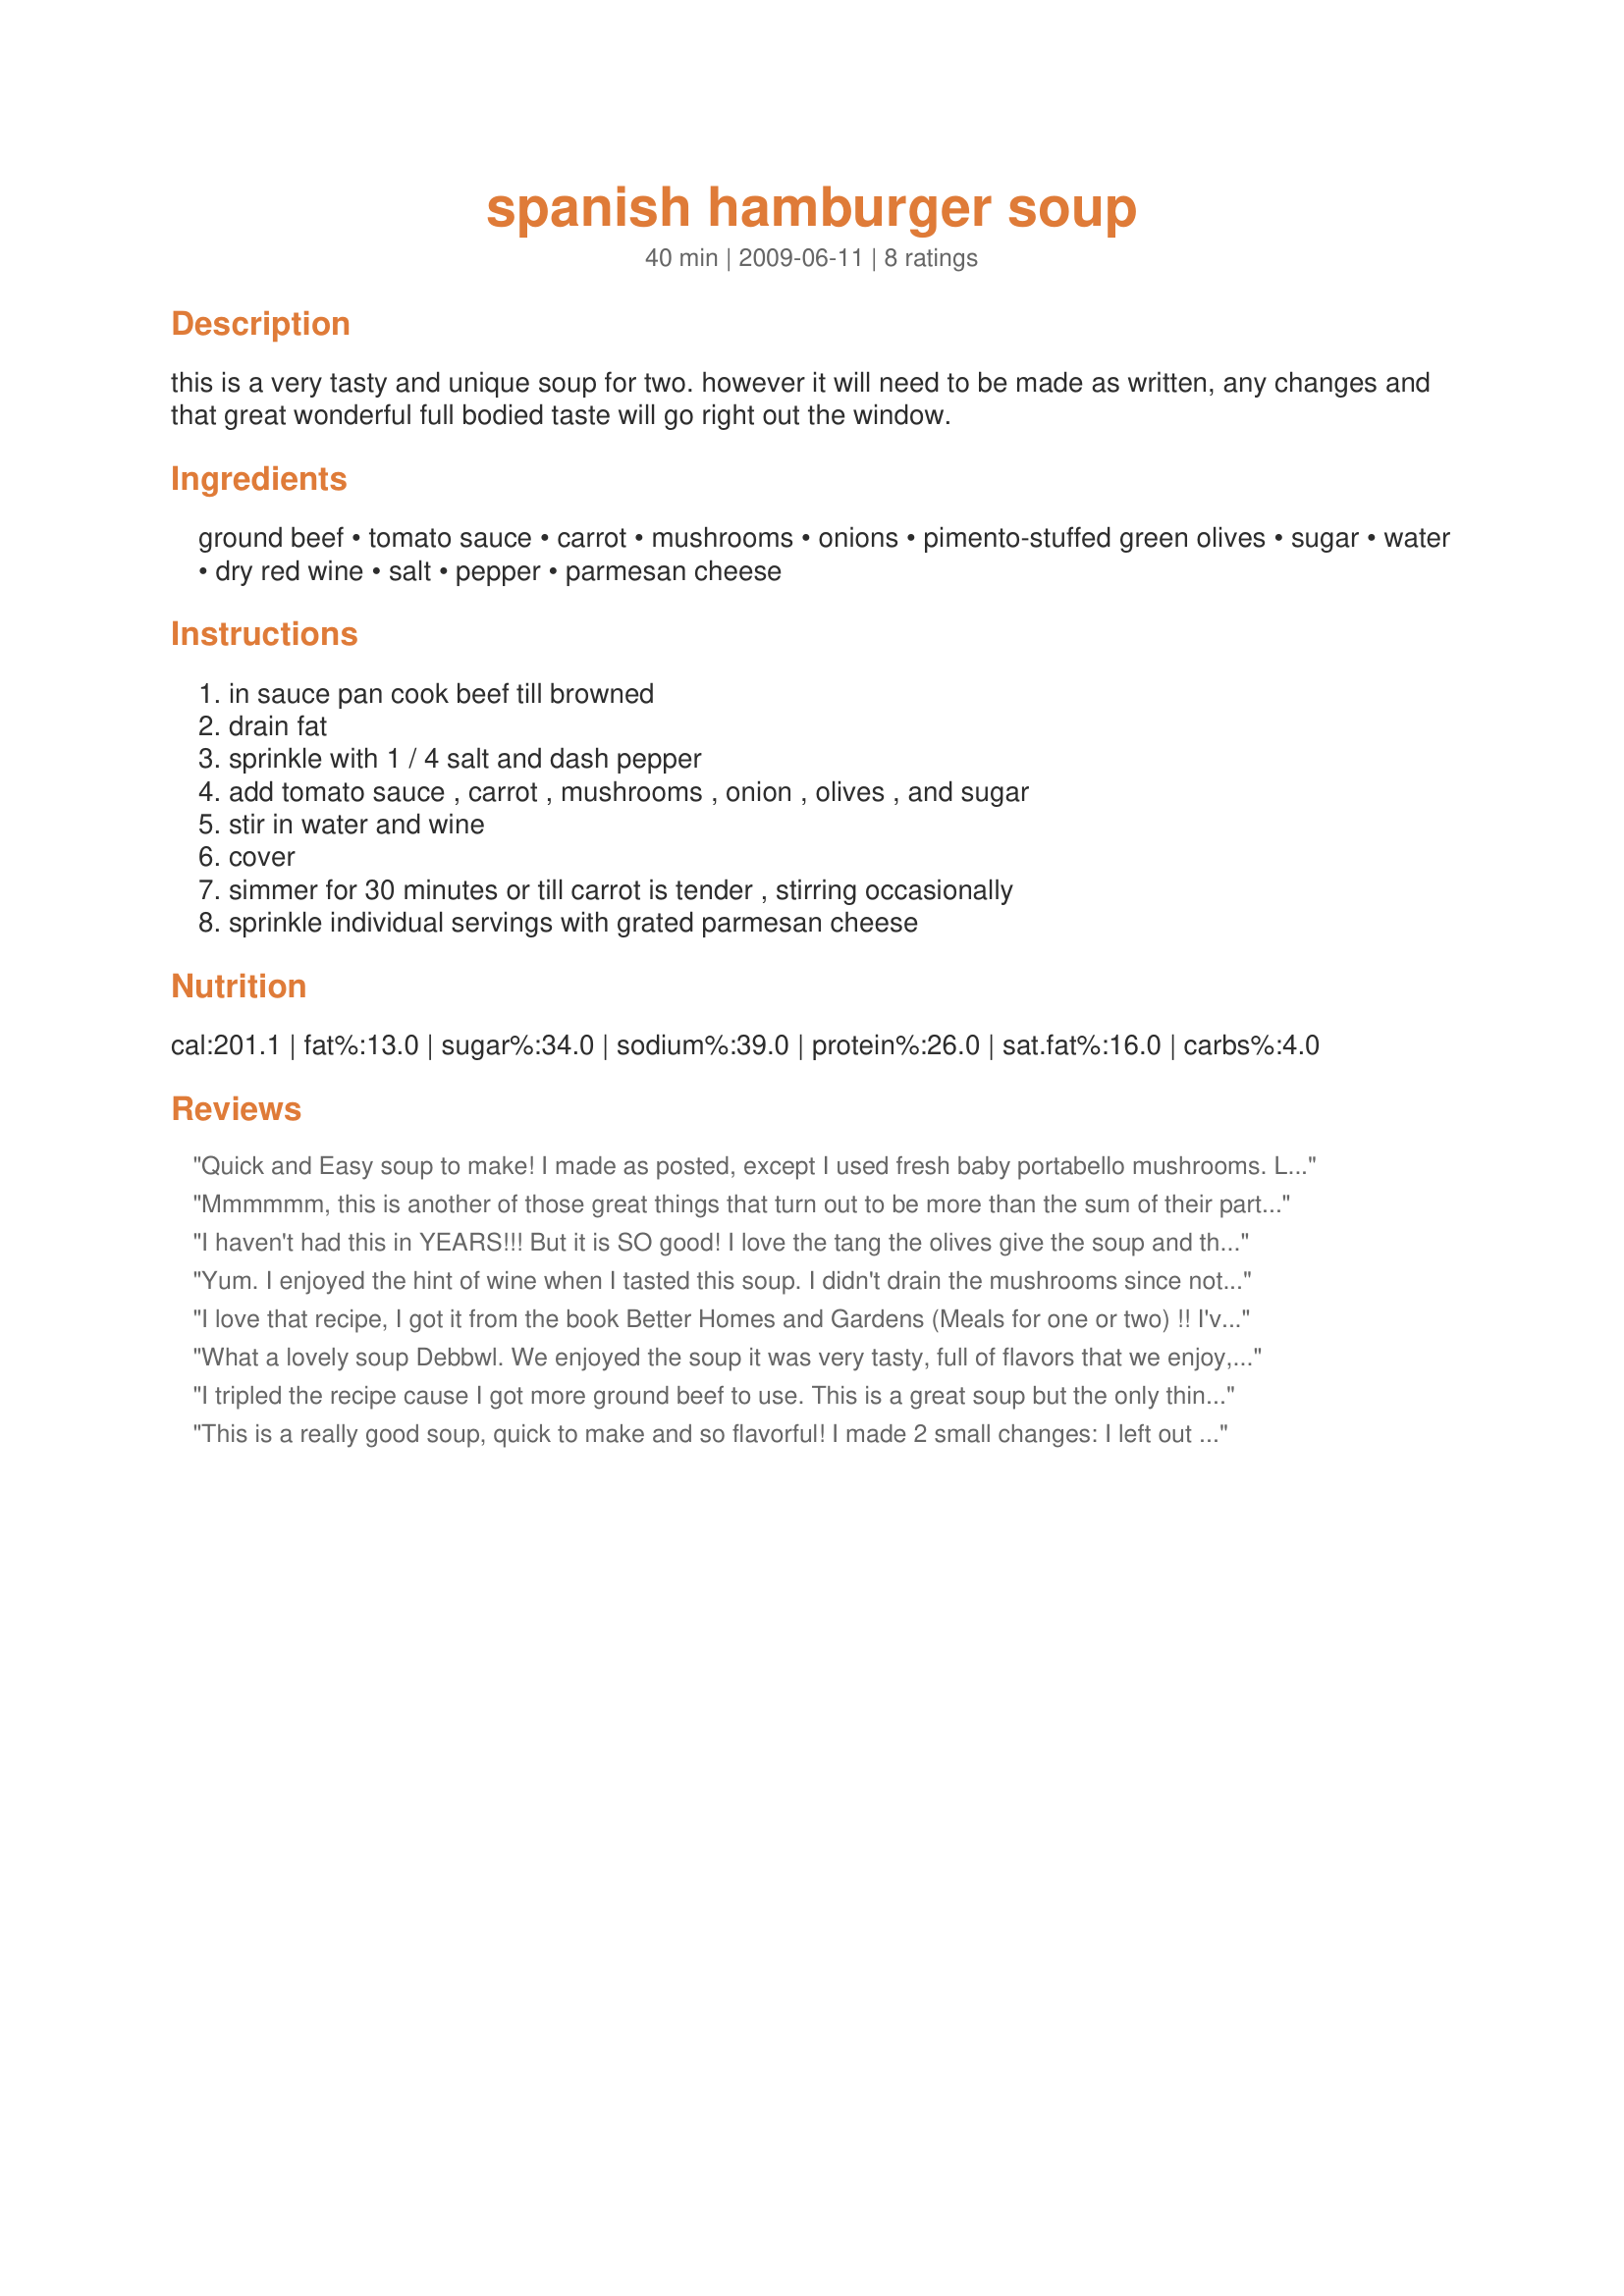
spanish hamburger soup
Preparation time: 40 minutes

this is a very tasty and unique soup for two. however it will need to be made as written, any changes and that great wonderful full bodied taste will go right out the window.

Ingredients:
ground beef, tomato sauce, carrot, mushrooms, onions, pimento-stuffed green olives, sugar, water, dry red wine, salt, pepper, parmesan cheese

Steps:
in sauce pan cook beef till browned, drain fat, sprinkle with 1 / 4 salt and dash pepper, add tomato sauce , carrot , mushrooms , onion , olives , and sugar, stir in water and wine, cover, simmer for 30 minutes or till carrot is tender , stirring occasionally, sprinkle individual servings with grated parmesan cheese

Reviews:
Quick and Easy soup to make! I made as posted, except I used fresh baby portabello mushrooms. Love the olives in this. Made for Holiday tag.
Mmmmmm, this is another of those great things that turn out to be more than the sum of their parts. I made this for lunch today largely because I had everything on hand and wanted somethind hot and fairly quick. Boy, did this fill the bill! I thought it would be good but it was wonderful. The only change I made was to use veggie crumbles in place of beef. Yummmm.
I haven't had this in YEARS!!! But it is SO good! I love the tang the olives give the soup and the richness the wine adds. Wow, I now am craving this badly and will just HAVE to make some up. Thanks for posting this and reminding me of this fantastic little recipe!
Yum. I enjoyed the hint of wine when I tasted this soup. I didn't drain the mushrooms since nothing was said. Makes a nice tomato based soup which I will be making again. Made for *1 2 3 Hit Wonders 2009* game
I love that recipe, I got it from the book Better Homes and Gardens (Meals for one or two) !! I've been making it since I received the collection in 1984!!! I like it the way it is but from time to time, I add something like garlic and bifteak spices from Bifteck de Montr?al, and sometimes if I don't have any wine on hand, I replace it with beer and it's different a bit but still as good !!!! we do have to inovate after a couple of years!!!
What a lovely soup Debbwl. We enjoyed the soup it was very tasty, full of flavors that we enjoy, unfortunately we found the wine a little overpowering. Next time I make this, and I will, I will decrease the amount of wine I add. Thank you for sharing this bright, bold, savory soup.
I tripled the recipe cause I got more ground beef to use. This is a great soup but the only thing we liked a bit less is the tomato taste. Not that we don't like the taste of tomato but it was a little bit too much pronounced. I'd have to try with a can of diced tomato instead of tomato sauce. The olives and wine is great :) Thanks Deb :) Made for Make my Recipe tag game
This is a really good soup, quick to make and so flavorful! I made 2 small changes: I left out the onions and used fresh mushrooms. The olives and the wine really gave this soup a great robust flavor. Enjoyed this very much - thanks for sharing the recipe!
